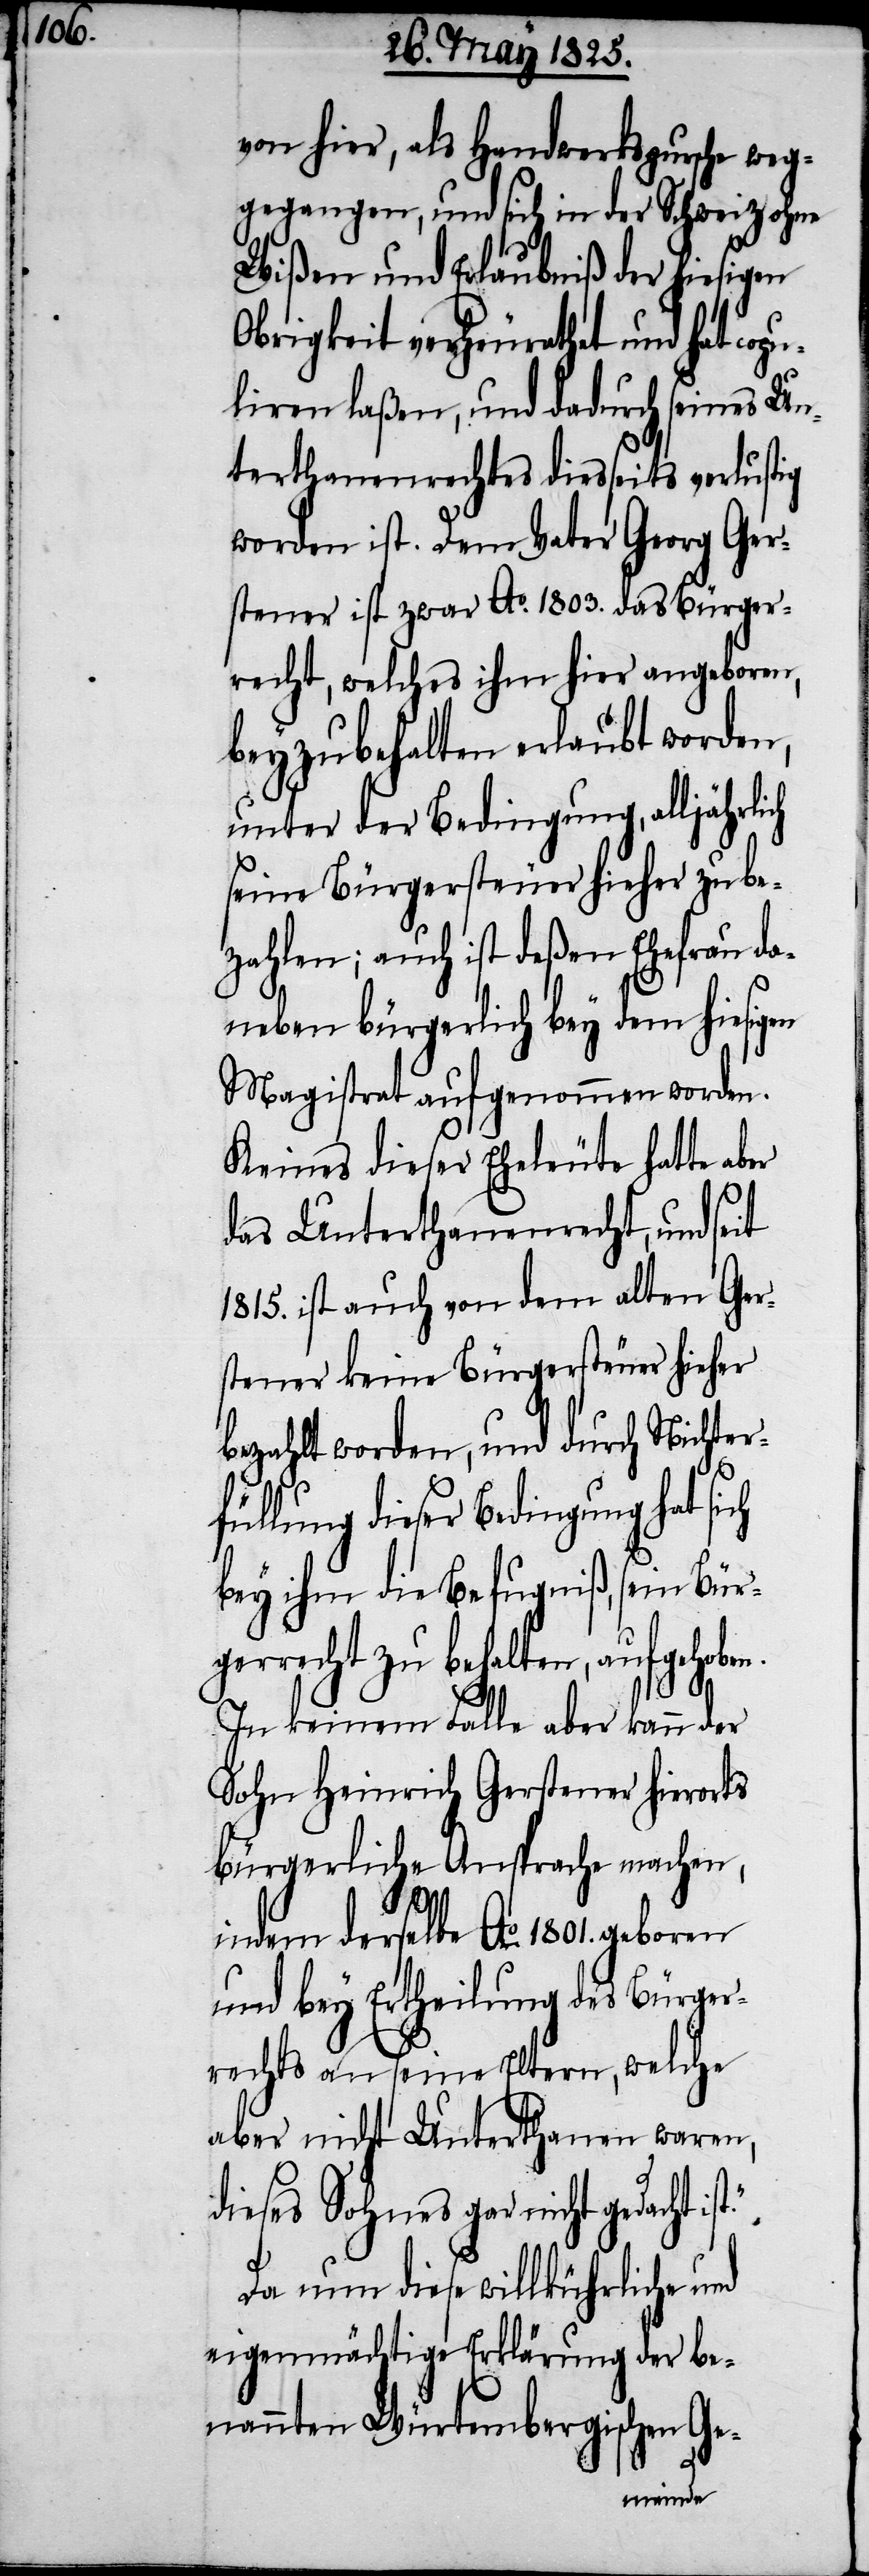
hoben.

von hier, als Handwerkspursche weg¬
gegangen, und sich in der Schweiz ohne
Wißen und Erlaubnis der hiesigen
Obrigkeit verheurathet und hat copu¬
liren laßen, und dadurch seines Un¬
terthanenrechtes diesseits verlustig
worden ist. Dem Vater Georg Ger¬
stener ist zwar Ao. 1803. das Bürger¬
recht, welches ihm hier angeboren,
beyzubehalten erlaubt worden,
unter der Bedingung, alljährlich
seine Bürgersteuer hieher zu be¬
zahlen; auch ist deßen Ehefrau da¬
neben bürgerlich bey dem hiesigen
Magistrat aufgenommen worden.
Keines dieser Eheleute hatte aber
das Unterthanenrecht, und seit
1815. ist auch von dem alten Ger¬
stener keine Bürgersteuer hieher
bezahlt worden, und durch Nichter¬
füllung dieser Bedingung hat sich
bey ihm die Befugniß, sein Bürg¬
errecht zu behalten, aufge¬
In keinem Falle aber kann der
Sohn Heinrich Gerstener hierorts
bürgerliche Ansprache machen,
indem derselbe Ao. 1801. geboren
und bey Ertheilung des Bürger¬
rechts an seine Eltern, welche
aber nicht Unterthanen waren,
dieses Sohnes gar nicht gedacht
Da nun diese willkürliche und
eigenmächtige Erklärung der be¬
nannten Würtembergischen Ge-